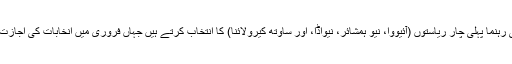
پارٹی رہنما پہلی چار ریاستوں (آئیووا، نیو ہمشائر، نیواڈا، اور ساؤتھ کیرولائنا) کا انتخاب کرتے ہیں جہاں فروری میں انخابات کی اجازت ہے۔